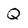
Character: Q